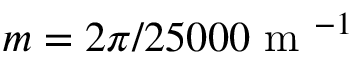
m = 2 \pi / 2 5 0 0 0 \mathrm { ~ m ~ } ^ { - 1 }